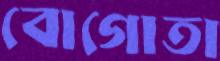
বোগোতা